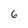
Character: 6